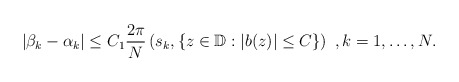
\begin{align*} |\beta_k-\alpha_k|\leq C_1\frac{2\pi}{N}\left( s_k, \{ z \in \mathbb{D}: |b(z)|\leq C\}\right)\ , k=1, \ldots, N . \end{align*}